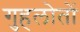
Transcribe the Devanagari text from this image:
गुहलोतों